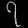
Digit: ၇